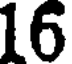
16